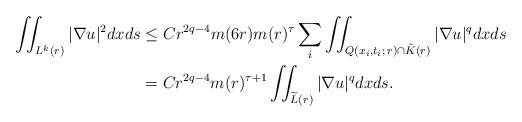
LaTeX: \begin{align*}\begin{aligned} \iint _{L^{k}(r)} |\nabla u|^2 dxds &\leq C r^{2q-4}m(6r)m(r)^{\tau}\sum_i \iint _{Q(x_{i},t_{i};\,r)\cap \tilde{K}(r )} |\nabla u|^q dxds\\&=C r^{2q-4}m(r)^{\tau+1} \iint _{\widetilde{L}(r)} |\nabla u|^q dxds.\end{aligned}\end{align*}